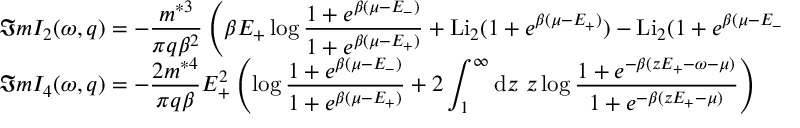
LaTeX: \begin{array} { l l } { { { \displaystyle \Im m I _ { 2 } ( \omega , q ) = - \frac { m ^ { * 3 } } { \pi q \beta ^ { 2 } } \left( \beta E _ { + } \log \frac { 1 + e ^ { \beta ( \mu - E _ { - } ) } } { 1 + e ^ { \beta ( \mu - E _ { + } ) } } + \mathrm { L i } _ { 2 } ( 1 + e ^ { \beta ( \mu - E _ { + } ) } ) - \mathrm { L i } _ { 2 } ( 1 + e ^ { \beta ( \mu - E _ { - } ) } ) \right) } } } \\ { { { \displaystyle \Im m I _ { 4 } ( \omega , q ) = - \frac { 2 m ^ { * 4 } } { \pi q \beta } E _ { + } ^ { 2 } \left( \log \frac { 1 + e ^ { \beta ( \mu - E _ { - } ) } } { 1 + e ^ { \beta ( \mu - E _ { + } ) } } + 2 \int _ { 1 } ^ { \infty } \mathrm { d } z ~ z \log \frac { 1 + e ^ { - \beta ( z E _ { + } - \omega - \mu ) } } { 1 + e ^ { - \beta ( z E _ { + } - \mu ) } } \right) } } } \end{array}